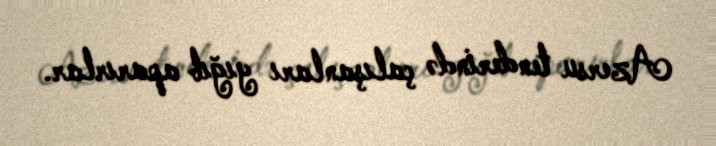
Azersu tenderində çalışanları yığıb aparırlar.